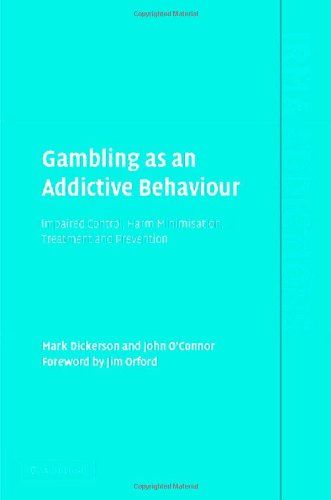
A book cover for Gambling as an Addictive Behaviour: Impaired Control, Harm Minimisation, Treatment and Prevention (International Research Monographs in the Addictions); Mark Dickerson; Health, Fitness & Dieting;